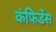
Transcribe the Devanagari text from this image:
कंफिडेंस